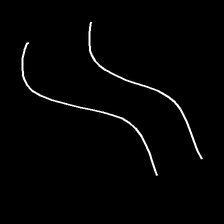
Glyph: float